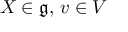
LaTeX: X \in { \mathfrak { g } } , \, v \in V